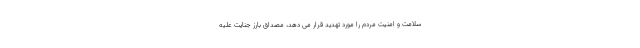
سلامت و امنیت مردم را مورد تهدید قرار می دهد، مصداق بارز جنایت علیه